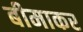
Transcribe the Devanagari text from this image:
बीमाकर